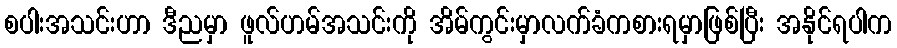
စပါးအသင်းဟာ ဒီညမှာ ဖူလ်ဟမ်အသင်းကို အိမ်ကွင်းမှာလက်ခံကစားရမှာဖြစ်ပြီး အနိုင်ရပါက